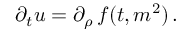
\begin{array} { r } { \partial _ { t } u = \partial _ { \rho } \, f ( t , m ^ { 2 } ) \, . } \end{array}